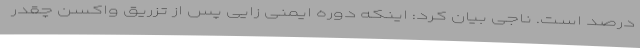
درصد است. ناجی بیان کرد: اینکه دوره ایمنی زایی پس از تزریق واکسن چقدر